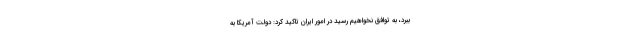
ببرد، به توافق نخواهیم رسید در امور ایران تاکید کرد: دولت آمریکا به